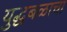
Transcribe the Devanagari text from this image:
युद्धबळाचा